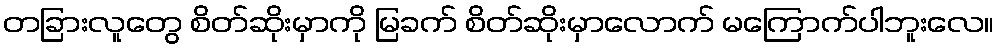
တခြားလူတွေ စိတ်ဆိုးမှာကို မြခက် စိတ်ဆိုးမှာလောက် မကြောက်ပါဘူးလေ။